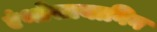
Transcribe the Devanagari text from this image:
एंथोसायानिन